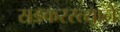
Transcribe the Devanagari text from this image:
सडकरस्त्याने